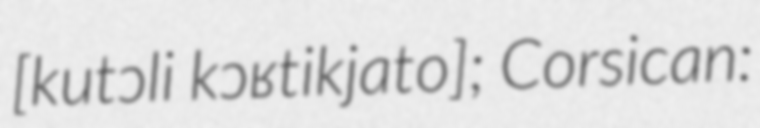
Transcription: ​[kutɔli kɔʁtikjato]; Corsican: